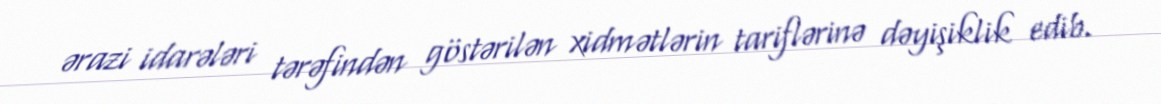
ərazi idarələri tərəfindən göstərilən xidmətlərin tariflərinə dəyişiklik edib.